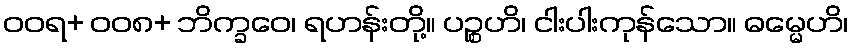
ဝဝရ+ ဝဝ၈+ ဘိက္ခဝေ၊ ရဟန်းတို့။ ပဉ္စဟိ၊ ငါးပါးကုန်သော။ ဓမ္မေဟိ၊